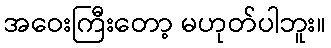
အဝေးကြီးတော့ မဟုတ်ပါဘူး။